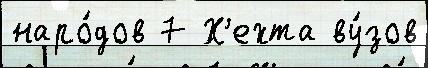
наро́дов 7 Х'ехта ву́зов